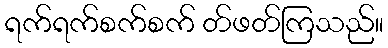
ရက်ရက်စက်စက် တ်ဖတ်ကြသည်။